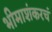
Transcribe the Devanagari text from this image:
भीमाशंकरचं